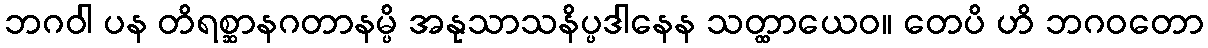
ဘဂဝါ ပန တိရစ္ဆာနဂတာနမ္ပိ အနုသာသနိပ္ပဒါနေန သတ္ထာယေဝ။ တေပိ ဟိ ဘဂဝတော